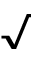
\surd